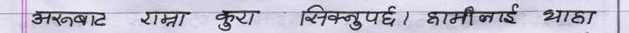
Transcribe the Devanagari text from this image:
अरुबाट राम्रो कुरा सिक्नुपर्छ। हामीलाई थाहा